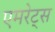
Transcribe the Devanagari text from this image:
एमरेट्स